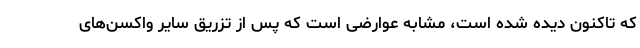
که تاکنون دیده شده است، مشابه عوارضی است که پس از تزریق سایر واکسن‌های